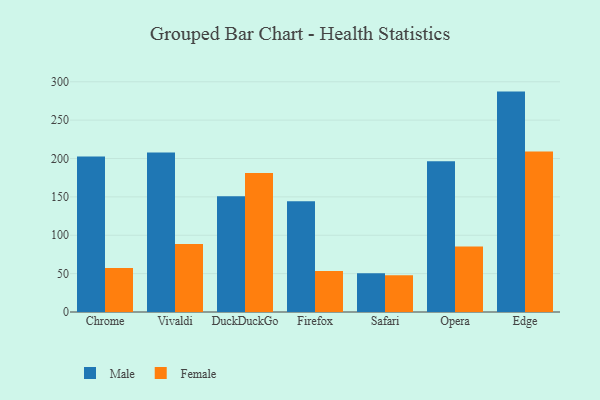
{"axis": {"x": "Browser", "y": "Churn Rate (%)"}, "legend": ["Female", "Male"], "data": [{"x": "Chrome", "y": 202.5, "type": "Male"}, {"x": "Chrome", "y": 57.3, "type": "Female"}, {"x": "Vivaldi", "y": 207.8, "type": "Male"}, {"x": "Vivaldi", "y": 88.7, "type": "Female"}, {"x": "DuckDuckGo", "y": 150.9, "type": "Male"}, {"x": "DuckDuckGo", "y": 181.1, "type": "Female"}, {"x": "Firefox", "y": 144.4, "type": "Male"}, {"x": "Firefox", "y": 53.3, "type": "Female"}, {"x": "Safari", "y": 50.4, "type": "Male"}, {"x": "Safari", "y": 47.8, "type": "Female"}, {"x": "Opera", "y": 196.3, "type": "Male"}, {"x": "Opera", "y": 85.5, "type": "Female"}, {"x": "Edge", "y": 287.2, "type": "Male"}, {"x": "Edge", "y": 209.1, "type": "Female"}]}